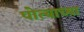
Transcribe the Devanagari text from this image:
पोत्याच्या